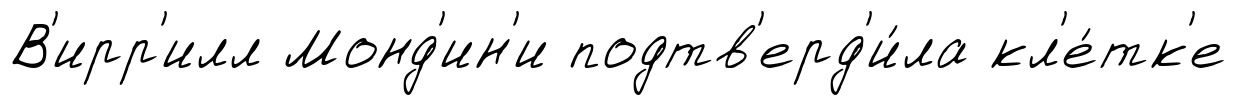
В'ирр'илл Монд'ин'и подтв'ерд'и́ла кл'е́тк'е